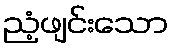
ညံ့ဖျင်းသော